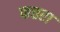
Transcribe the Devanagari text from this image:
फत्तरा